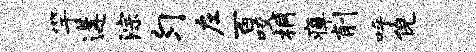
竽遘淙匀左百咬桐瘴削呼倪